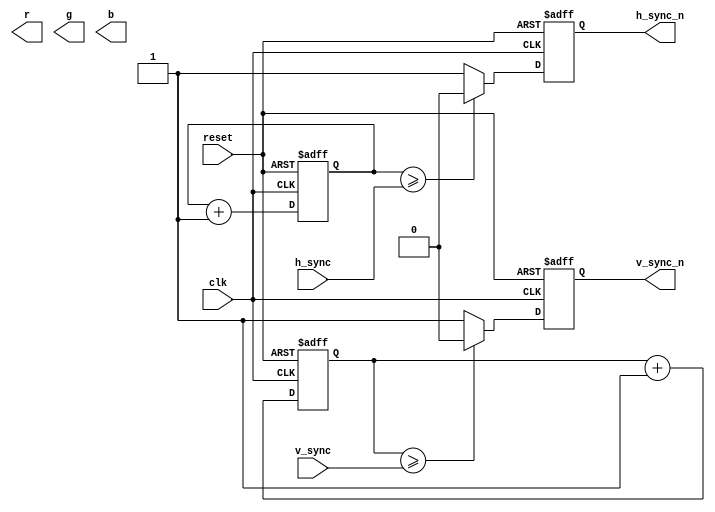
module vga_controller (
    input clk,
    input reset,
    input [7:0] h_sync,
    input [7:0] v_sync,
    output reg h_sync_n,
    output reg v_sync_n,
    output wire [7:0] r, g, b
);

// Horizontal sync signal generator
reg [9:0] h_counter;
always @(posedge clk or posedge reset)
begin
    if (reset) begin
        h_counter <= 0;
        h_sync_n <= 1;
    end else begin
        h_counter <= h_counter + 1;
        if (h_counter >= h_sync) begin
            h_sync_n <= 0;
        end else begin
            h_sync_n <= 1;
        end
    end
end

// Vertical sync signal generator
reg [9:0] v_counter;
always @(posedge clk or posedge reset)
begin
    if (reset) begin
        v_counter <= 0;
        v_sync_n <= 1;
    end else begin
        v_counter <= v_counter + 1;
        if (v_counter >= v_sync) begin
            v_sync_n <= 0;
        end else begin
            v_sync_n <= 1;
        end
    end
end

// RGB signal generator logic (custom logic based on desired resolution and color depth)

// User input / external trigger handling logic

endmodule